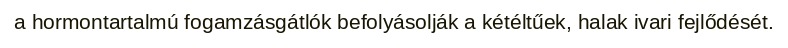
a hormontartalmú fogamzásgátlók befolyásolják a kétéltűek, halak ivari fejlődését.